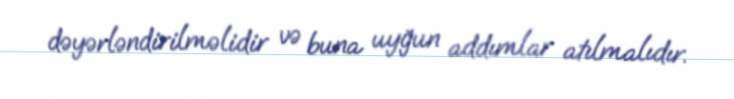
dəyərləndirilməlidir və buna uyğun addımlar atılmalıdır.